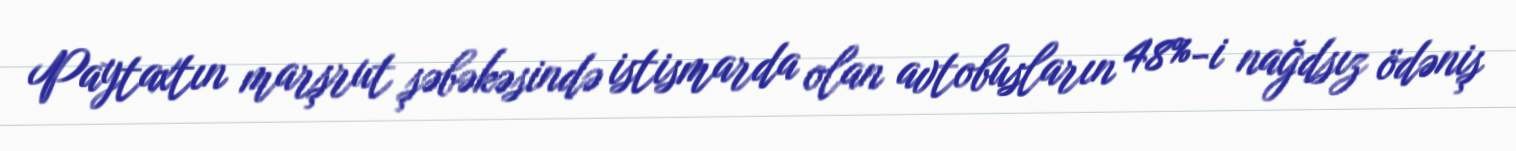
Paytaxtın marşrut şəbəkəsində istismarda olan avtobusların 48%-i nağdsız ödəniş